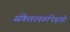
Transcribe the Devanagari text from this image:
संकेतस्थळांपेक्षाही